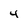
Character: 4